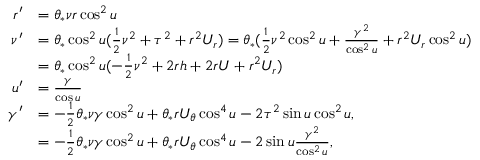
\begin{array} { r l } { r ^ { \prime } } & { = \theta _ { * } \nu r \cos ^ { 2 } u } \\ { \nu ^ { \prime } } & { = \theta _ { * } \cos ^ { 2 } u ( \frac { 1 } { 2 } \nu ^ { 2 } + \tau ^ { 2 } + r ^ { 2 } U _ { r } ) = \theta _ { * } ( \frac { 1 } { 2 } \nu ^ { 2 } \cos ^ { 2 } u + \frac { \gamma ^ { 2 } } { \cos ^ { 2 } u } + r ^ { 2 } U _ { r } \cos ^ { 2 } u ) } \\ & { = \theta _ { * } \cos ^ { 2 } u ( - \frac { 1 } { 2 } \nu ^ { 2 } + 2 r h + 2 r U + r ^ { 2 } U _ { r } ) } \\ { u ^ { \prime } } & { = \frac { \gamma } { \cos u } } \\ { \gamma ^ { \prime } } & { = - \frac { 1 } { 2 } \theta _ { * } \nu \gamma \cos ^ { 2 } u + \theta _ { * } r U _ { \theta } \cos ^ { 4 } u - 2 \tau ^ { 2 } \sin u \cos ^ { 2 } u , } \\ & { = - \frac { 1 } { 2 } \theta _ { * } \nu \gamma \cos ^ { 2 } u + \theta _ { * } r U _ { \theta } \cos ^ { 4 } u - 2 \sin u \frac { \gamma ^ { 2 } } { \cos ^ { 2 } u } , } \end{array}